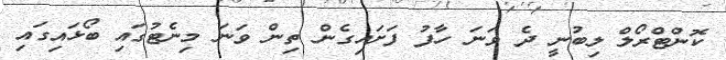
ކޮންޓްރޯލް ލިބުނީ ދެ ވަނަ ހާފު ފަށައިގެން ތިން ވަނަ މިނެޓުގައި ބޯޅައިގައި